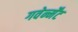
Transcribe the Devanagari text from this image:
गवेर्न्मेंट